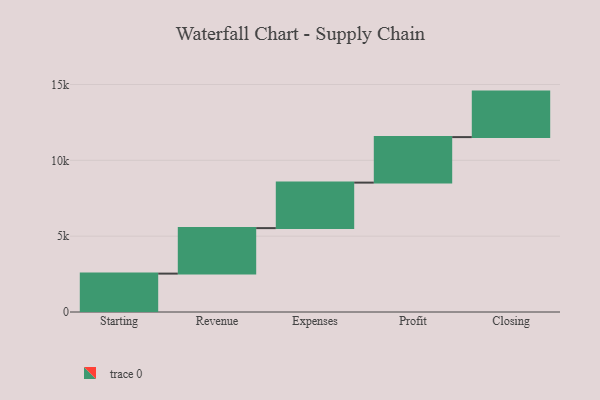
{"axis": {"x": "Step", "y": "Value"}, "legend": [""], "data": [{"x": "Starting", "y": 2531.0, "type": ""}, {"x": "Revenue", "y": 3000, "type": ""}, {"x": "Expenses", "y": 3000, "type": ""}, {"x": "Profit", "y": 3000, "type": ""}, {"x": "Closing", "y": 3000, "type": ""}]}